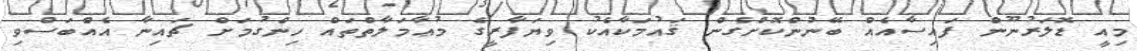
މިއީ ޑޮލަރުނޫން ފައިސާއެއް ބޭނުންކޮށްގެން ޤައުމަކާއެކު ވިޔަފާރީގެ މުޢާމަލާތްތައް ހިންގުމަށް ޗައިނާ އެއްބަސްވި